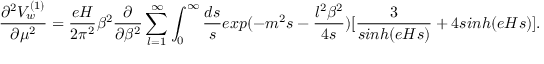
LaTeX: \frac { \partial ^ { 2 } V _ { w } ^ { ( 1 ) } } { \partial \mu ^ { 2 } } = \frac { e H } { 2 \pi ^ { 2 } } \beta ^ { 2 } \frac { \partial } { \partial \beta ^ { 2 } } \sum _ { l = 1 } ^ { \infty } \int _ { 0 } ^ { \infty } \frac { d s } { s } e x p ( - m ^ { 2 } s - \frac { l ^ { 2 } \beta ^ { 2 } } { 4 s } ) [ \frac { 3 } { s i n h ( e H s ) } + 4 s i n h ( e H s ) ] .